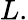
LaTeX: L.